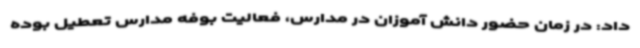
داد: در زمان حضور دانش آموزان در مدارس، فعالیت بوفه مدارس تعطیل بوده